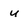
Character: u